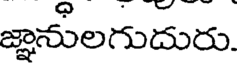
జ్ఞానులగుదురు.